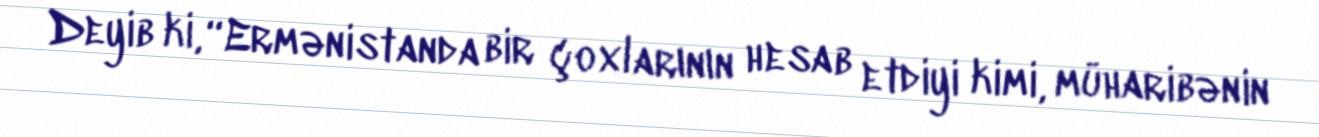
Deyib ki, “Ermənistanda bir çoxlarının hesab etdiyi kimi, müharibənin